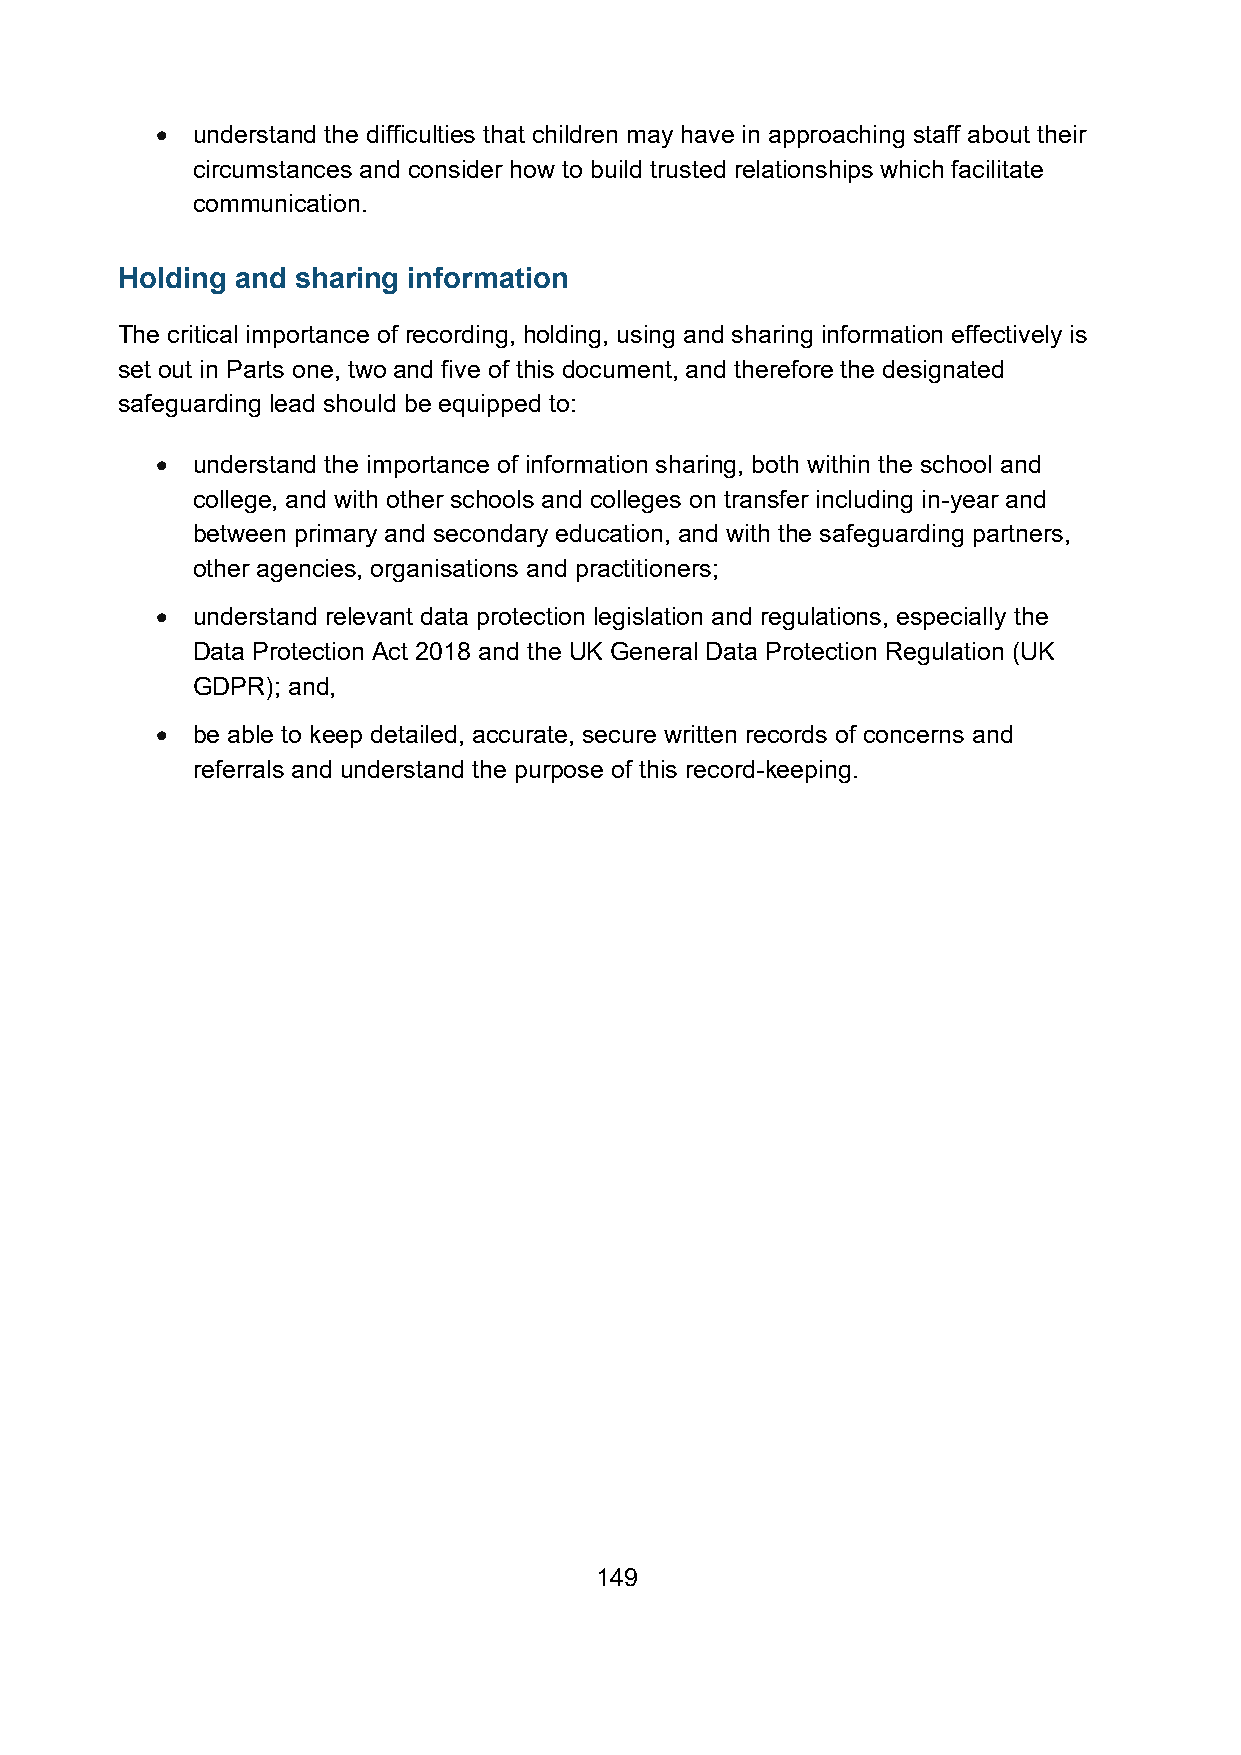
•  understand the difficulties that children may have in approaching staff about their
 circumstances and consider how to build trusted relationships which facilitate
 communication.
 Holding and sharing information
 The critical importance of recording, holding, using and sharing information effectively is
 set out in Parts one, two and five of this document, and therefore the designated
 safeguarding lead should be equipped to:
 •  understand the importance of information sharing, both within the school and
 college, and with other schools and colleges on transfer including in-year and
 between primary and secondary education, and with the safeguarding partners,
 other agencies, organisations and practitioners;
 •  understand relevant data protection legislation and regulations, especially the
 Data Protection Act 2018 and the UK General Data Protection Regulation (UK
 GDPR); and,
 •  be able to keep detailed, accurate, secure written records of concerns and
 referrals and understand the purpose of this record-keeping.
 149